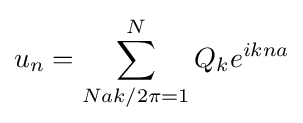
u_{n}=\sum _{Nak/2\pi =1}^{N}Q_{k}e^{ikna}